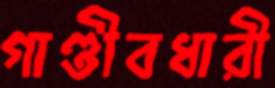
গাণ্ডীবধারী